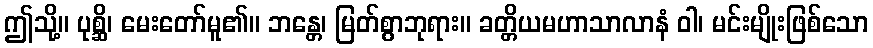
ဤသို့။ ပုစ္ဆိ၊ မေးတော်မူ၏။ ဘန္တေ၊ မြတ်စွာဘုရား။ ခတ္တိယမဟာသာလာနံ ဝါ၊ မင်းမျိုးဖြစ်သော